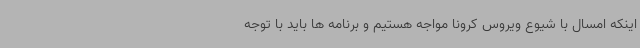
اینکه امسال با شیوع ویروس کرونا مواجه هستیم و برنامه ها باید با توجه